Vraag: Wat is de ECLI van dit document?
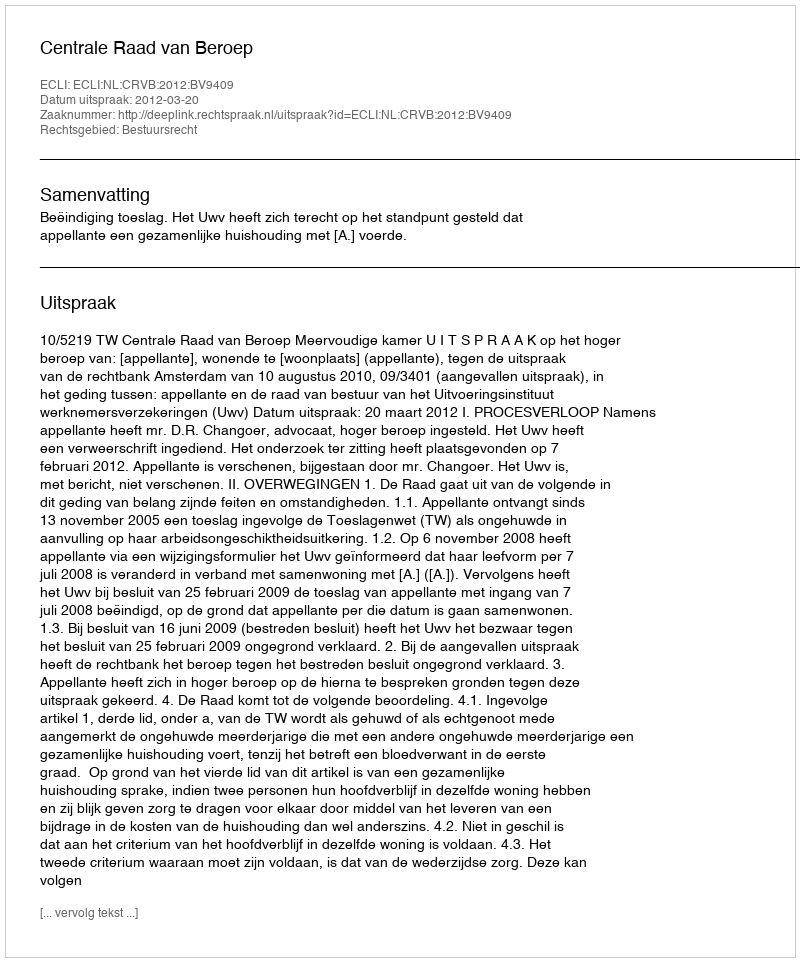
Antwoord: ECLI:NL:CRVB:2012:BV9409